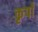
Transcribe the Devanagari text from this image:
कृपाँ